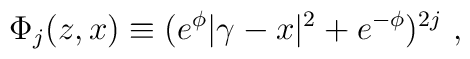
\Phi_j(z,x) \equiv (e^{\phi}|\gamma-x|^2+e^{-\phi})^{2j} ~,